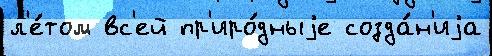
л'е́том вс'ей пр'иро́дныjе созда́н'иjа